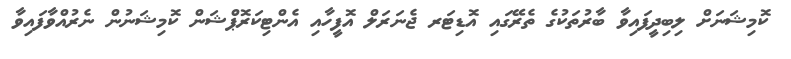
ކޮމިޝަނަށް ލިބިދީފައިވާ ބާރުތަކުގެ ތެރޭގައި އޮޑިޓަރ ޖެނަރަލް އޮފީހާއި އެންޓިކަރޮޕްޝަން ކޮމިޝަނުން ނެރުއްވާފައިވާ